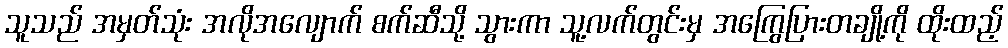
သူသည် အမှတ်သုံး အလိုအလျောက် စက်ဆီသို့ သွားကာ သူ့လက်တွင်းမှ အကြွေပြားတချို့ကို ထိုးထည့်